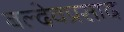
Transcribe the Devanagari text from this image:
बल्देवप्रसाद